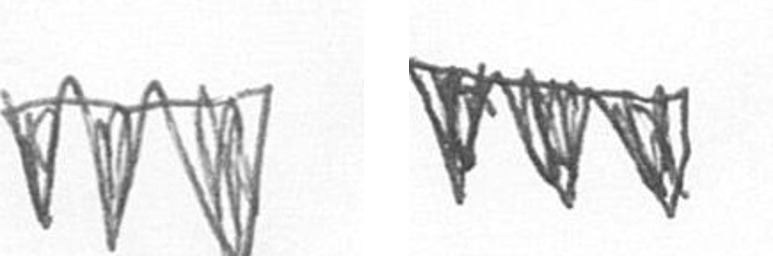
L L